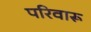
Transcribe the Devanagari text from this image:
परिवारू